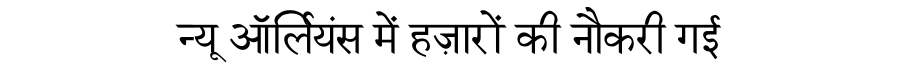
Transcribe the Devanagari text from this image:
न्यू ऑर्लियंस में हज़ारों की नौकरी गई